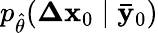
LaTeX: p_{\hat{\theta}}(\mathbf{\Delta x}_{0}\mid\mathbf{\bar{y}}_{0})